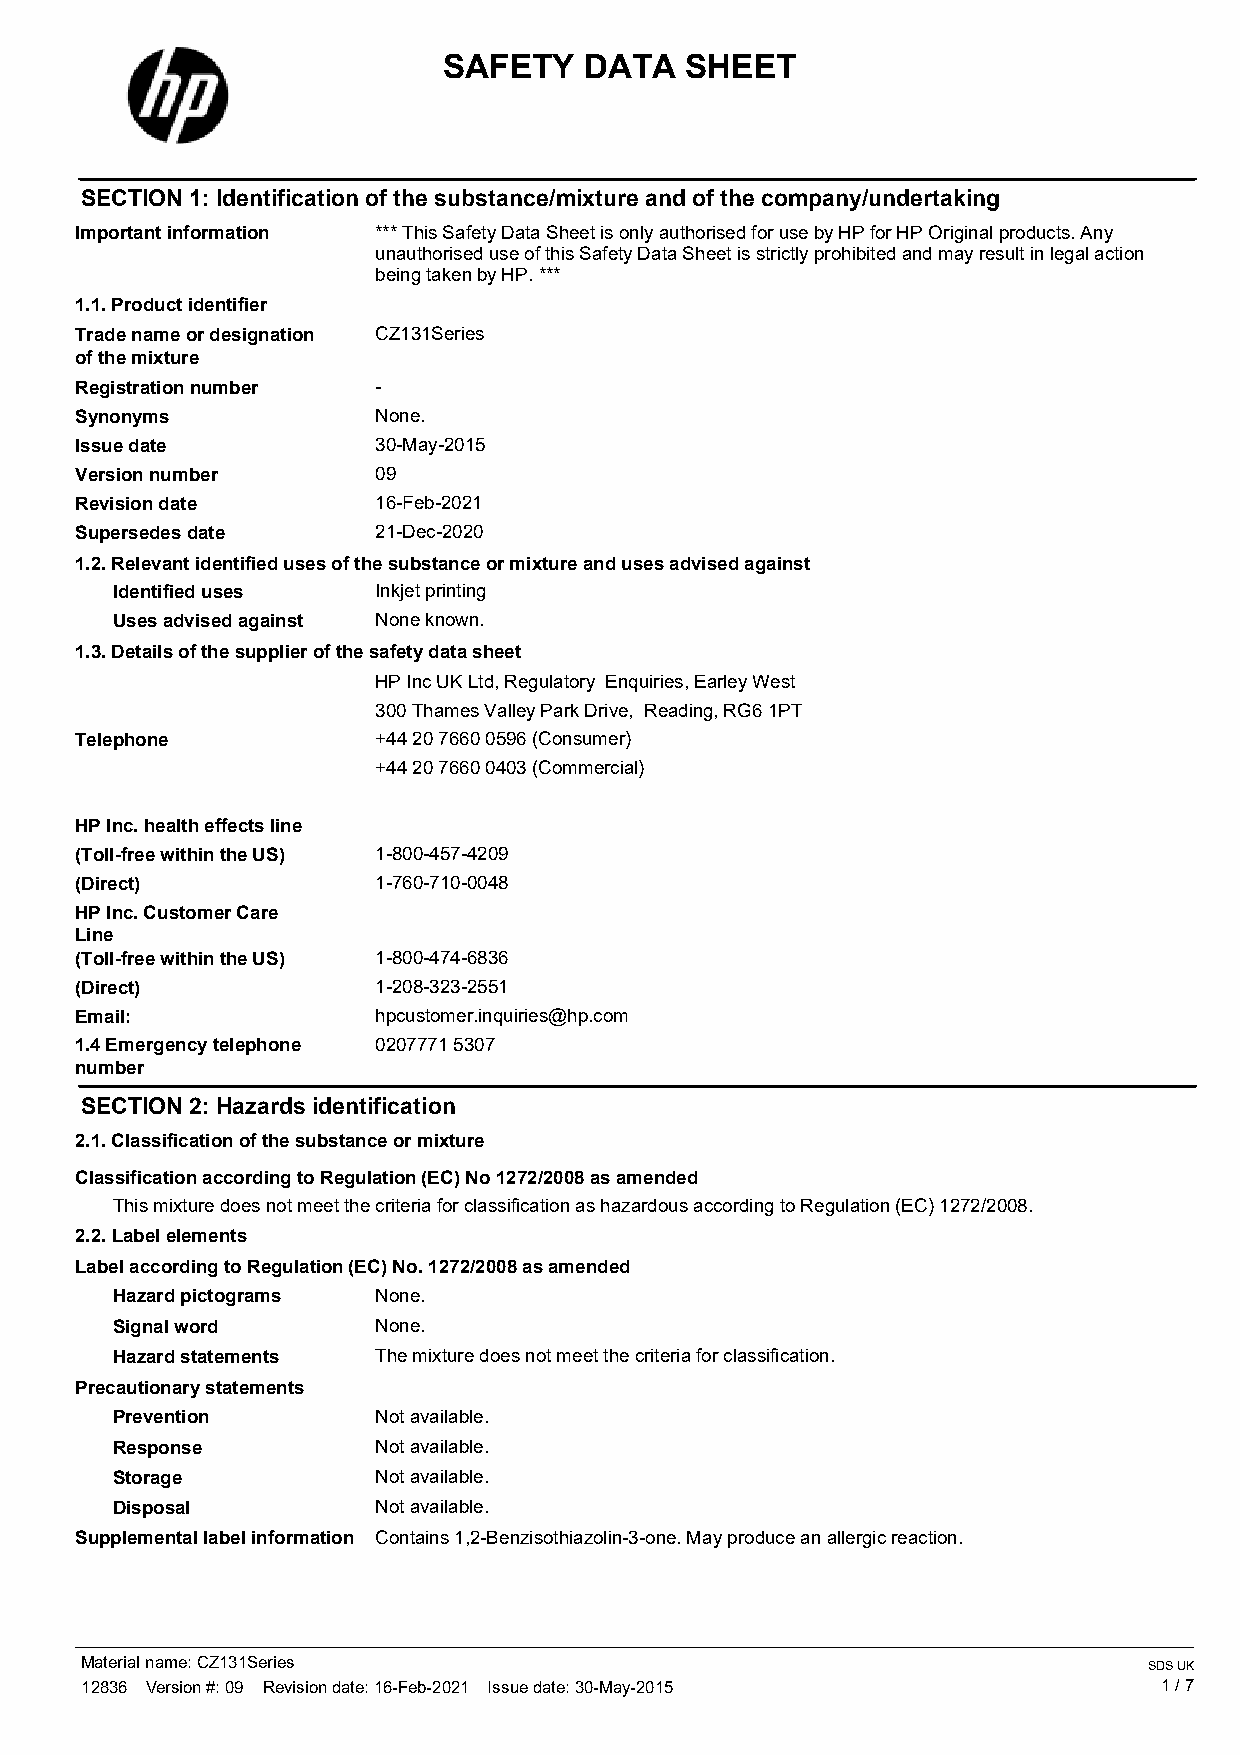
SAFETY    DATA  SHEET
 SECTION 1: Identification of the substance/mixture and of the company/undertaking
 Important information *** This Safety Data Sheet is only authorised for use by HP for HP Original products. Any
 unauthorised use of this Safety Data Sheet is strictly prohibited and may result in legal action
 being taken by HP. ***
 1.1. Product identifier
 Trade name or designation CZ131Series
 of the mixture
 Registration number -
 Synonyms            None.
 Issue date          30-May-2015
 Version number      09
 Revision date       16-Feb-2021
 Supersedes date     21-Dec-2020
 1.2. Relevant identified uses of the substance or mixture and uses advised against
 Identified uses   Inkjet printing
 Uses advised against None known.
 1.3. Details of the supplier of the safety data sheet
 HP Inc UK Ltd, Regulatory Enquiries, Earley West
 300 Thames Valley Park Drive, Reading, RG6 1PT
 Telephone           +44 20 7660 0596 (Consumer)
 +44 20 7660 0403 (Commercial)
 HP Inc. health effects line
 (Toll-free within the US) 1-800-457-4209
 (Direct)            1-760-710-0048
 HP Inc. Customer Care
 Line
 (Toll-free within the US) 1-800-474-6836
 (Direct)            1-208-323-2551
 Email:              hpcustomer.inquiries@hp.com
 1.4 Emergency telephone 0207771 5307
 number
 SECTION 2: Hazards identification
 2.1. Classification of the substance or mixture
 Classification according to Regulation (EC) No 1272/2008 as amended
 This mixture does not meet the criteria for classification as hazardous according to Regulation (EC) 1272/2008.
 2.2. Label elements
 Label according to Regulation (EC) No. 1272/2008 as amended
 Hazard pictograms None.
 Signal word       None.
 Hazard statements The mixture does not meet the criteria for classification.
 Precautionary statements
 Prevention        Not available.
 Response          Not available.
 Storage           Not available.
 Disposal          Not available.
 Supplemental label information Contains 1,2-Benzisothiazolin-3-one. May produce an allergic reaction.
 Material name: CZ131Series                                             SDS UK
 12836 Version #: 09 Revision date: 16-Feb-2021 Issue date: 30-May-2015  1 / 7